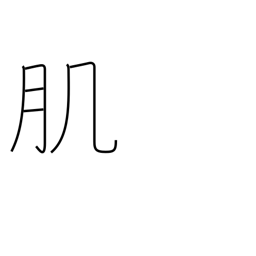
Meaning: texture